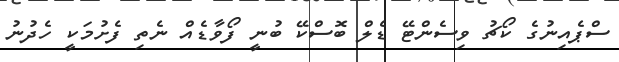
ސްޕެއިނުގެ ކޯޗު ވިސެންޓޭ ޑެލް ބޮސްކޭ ބުނީ ފޯވާޑެއް ނެތި ފެށުމަކީ ހެދުނު